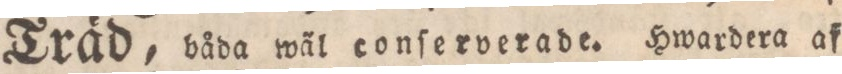
Träd, båda wäl conſerverade. Hwardera af